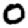
Digit: 0